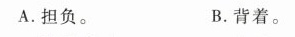
A.担负。 B.背着。